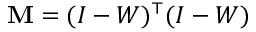
\mathbf { M } = ( I - W ) ^ { \top } ( I - W )